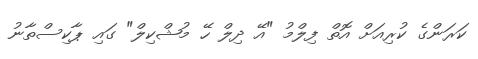
ކަރަންގެ ކުރިއަށް އޮތް ފިލްމު "އޭ ދިލް ހޭ މުޝްކިލް" ގައި ޕާކިސްތާނު